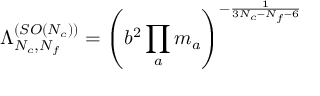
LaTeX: { \Lambda _ { N _ { c } , N _ { f } } ^ { ( S O ( N _ { c } ) ) } } = \left( b ^ { 2 } \prod _ { a } m _ { a } \right) ^ { - { \frac { 1 } { 3 N _ { c } - N _ { f } - 6 } } }